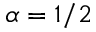
\alpha = 1 / 2